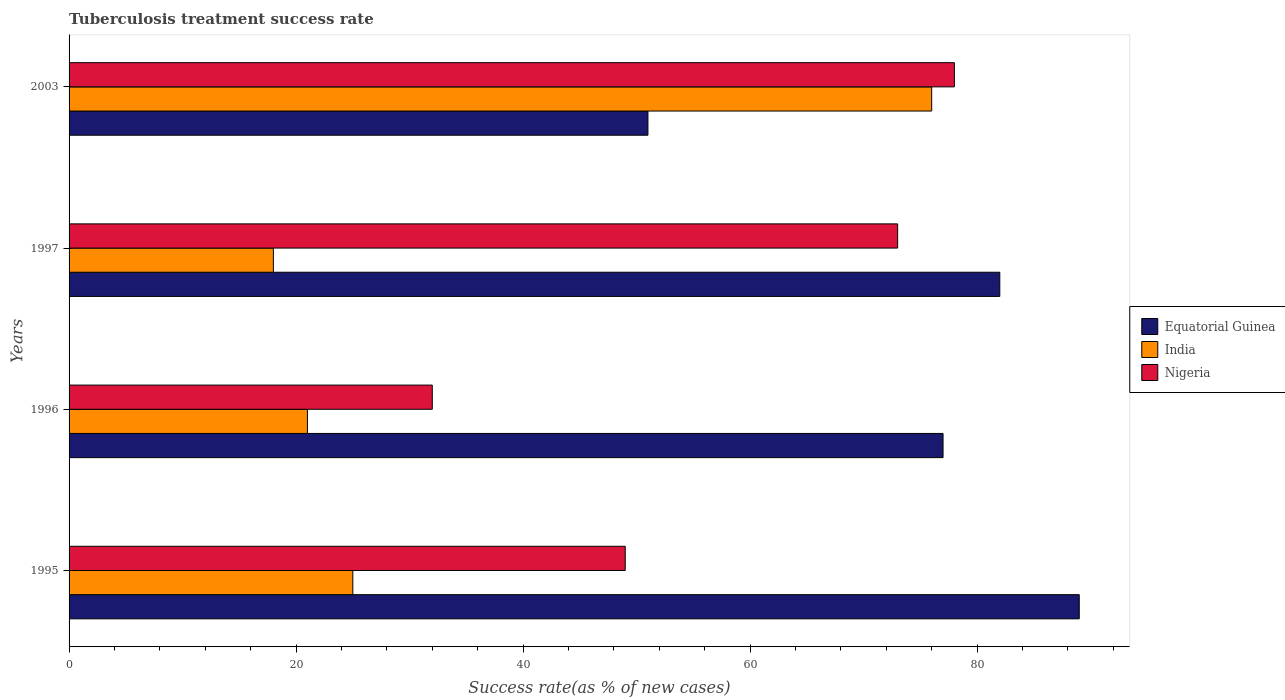
| Years | Equatorial Guinea | India | Nigeria |
 | --- | --- | --- | --- |
 | 1995 | 89 | 25 | 49 |
 | 1996 | 77 | 21 | 32 |
 | 1997 | 82 | 18 | 73 |
 | 2003 | 51 | 76 | 78 |